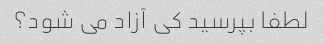
لطفا بپرسید کی آزاد می شود؟